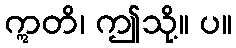
ဣတိ၊ ဤသို့။ ပ။